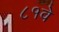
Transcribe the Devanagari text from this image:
८१वे